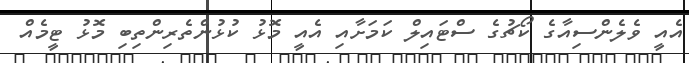
އެއީ ވެލެންސިއާގެ ކޯޗުގެ ސްޓައިލް ކަމަށާއި އެއީ މޮޅު ކުޅުންތެރިންތިބި މޮޅު ޓީމެއް